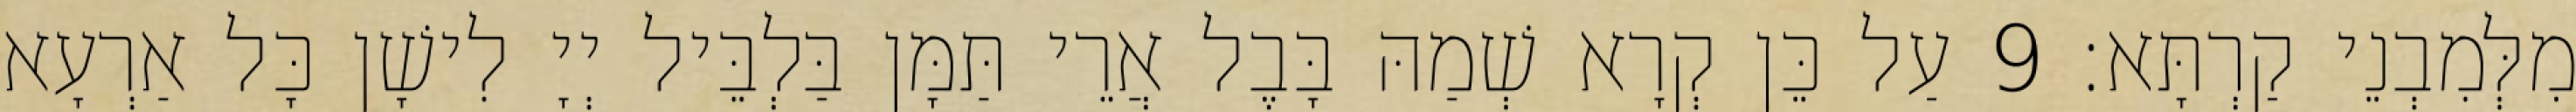
מִלְּמִבְנֵי קַרְתָּא׃ 9 עַל כֵּן קְרָא שְׁמַהּ בָּבֶל אֲרֵי תַּמָּן בַּלְבֵּיל יְיָ לִישָׁן כָּל אַרְעָא